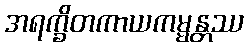
အရက္ခိတကာယကမ္မန္တဿ